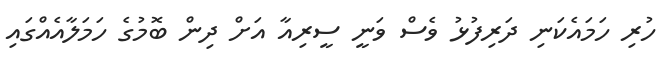
ހުރި ހަމައެކަނި ދަރިފުޅު ވެސް ވަނީ ސީރިއާ އަށް ދިން ބޮމުގެ ހަމަލާއެއްގައި